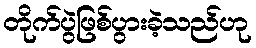
တိုက်ပွဲဖြစ်ပွားခဲ့သည်ဟု